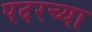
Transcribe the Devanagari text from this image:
पदरच्या